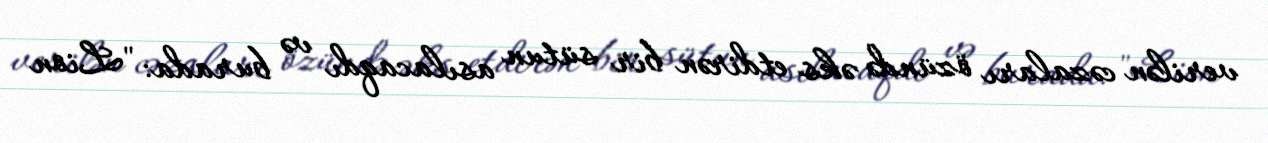
verilən cəzaları özündə əks etdirən bir sütun asılacaqdı və burada: "Lion